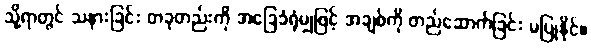
သို့ရာတွင် သနားခြင်း တခုတည်းကို အခြေခံရုံမျှဖြင့် အချစ်ကို တည်ဆောက်ခြင်း မပြုနိုင်။